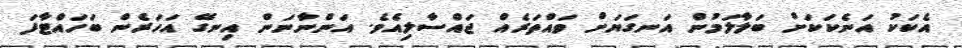
އެކަކު އަނެކަކަށް ބަލާލަމުން އަނގަޔަށް ވައްތަރެއް ޖައްސާލިއެވެ. އަންނާނަން އިނގޭ އަހަރެން ބަހައްޓާފަ